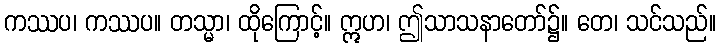
ကဿပ၊ ကဿပ။ တသ္မာ၊ ထိုကြောင့်။ ဣဟ၊ ဤသာသနာတော်၌။ တေ၊ သင်သည်။